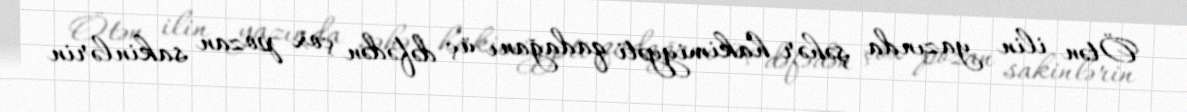
Ötən ilin yazında şəhər hakimiyyəti qadağanı üç dəfədən çox pozan sakinlərin